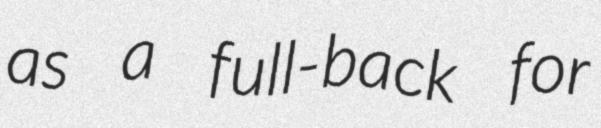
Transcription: as a full-back for